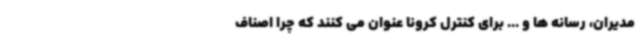
مدیران، رسانه ها و ... برای کنترل کرونا عنوان می کنند که چرا اصناف